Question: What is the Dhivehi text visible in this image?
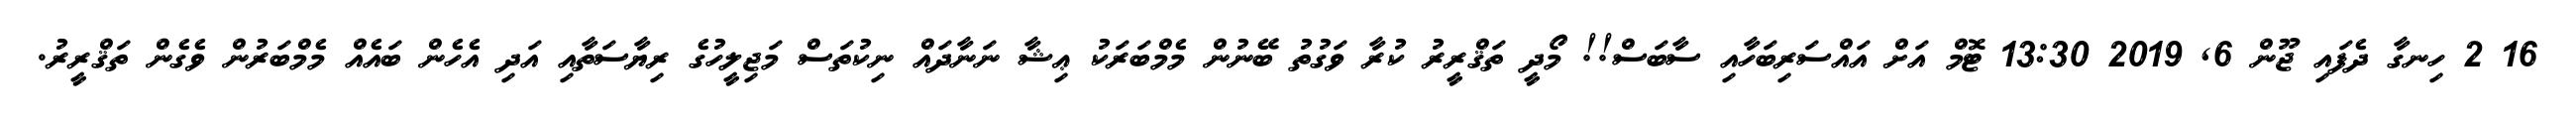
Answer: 16 2 ހިނގާ ދެފައި ޖޫން 6, 2019 13:30 ޓޮމް އަށް އައްސަރިބަހާއި ސާބަސް!! މޯދީ ތަޤްރީރު ކުރާ ވަގުތު ބޭނުން މެމްބަރަކު ޢިޝާ ނަނާދައް ނިކުތަސް މަޖިލީހުގެ ރިޔާސަތާއި އަދި އެހެން ބައެއް މެމްބަރުން ވެގެން ތަޤްރީރު.